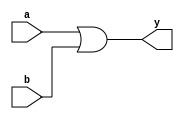
module my_or (
	input 	a,
	input	 	b,
	output 	y
	);
	
	assign y = a | b;
	
endmodule